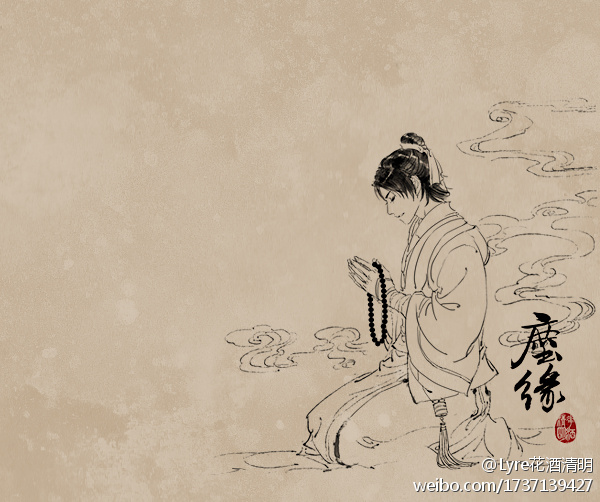
西湖旧日，留连清夜，爱酒几将花误。